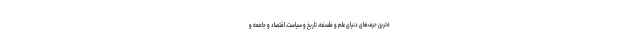
ه‌ترین حرف‌های دنیای علم و فلسفه، تاریخ و سیاست، اقتصاد و جامعه و